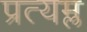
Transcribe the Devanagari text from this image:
प्रत्यम्ल